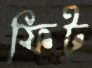
ফিট